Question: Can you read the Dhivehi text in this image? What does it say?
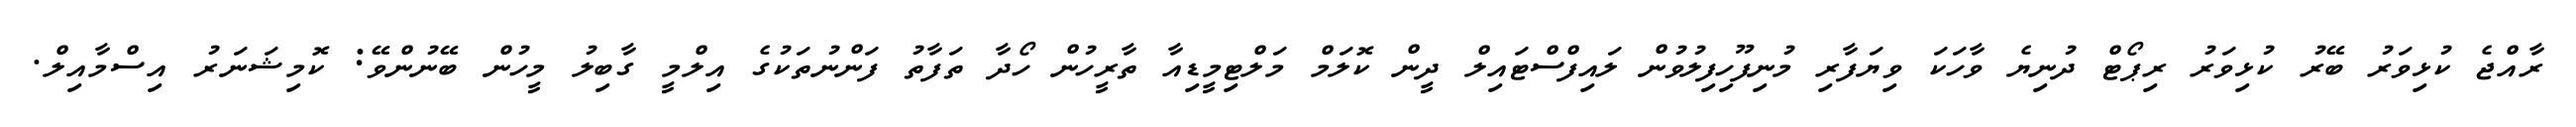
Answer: ރާއްޖެ ކުޅިވަރު ބޭރު ކުޅިވަރު ރިޕޯޓް ދުނިޔެ ވާހަކަ ވިޔަފާރި މުނިފޫހިފިލުވުން ލައިފްސްޓައިލް ދީން ކޮލަމް މަލްޓިމީޑިއާ ތާރީހުން ހޯދާ ތަފާތު ފަންނުތަކުގެ އިލްމީ ގާބިލު މީހުން ބޭނުންވޭ: ކޮމިޝަނަރު އިސްމާއިލް.